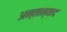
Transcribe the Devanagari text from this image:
अन्तान्वाद